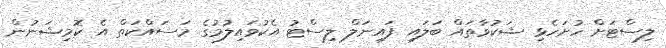
ލިސްޓަށް ހުށަހެޅި ޝަކުވާތައް ބަލައި ފައިނަލް ލިސްޓު އެކުވައިލުމުގެ މަސައްކަތް އެ ކޮމިޝަނުން